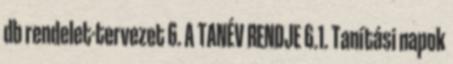
db rendelet-tervezet 6. A TANÉV RENDJE 6.1. Tanítási napok